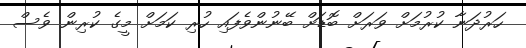
ހަރުދަނާ ކުރުމަށް ވަރަށް ބޮޑަށް ބޭނުންވެފައި ހުރި ކަމަށް މީގެ ކުރިން ވެސް